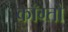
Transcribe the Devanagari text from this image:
काँग्तो